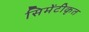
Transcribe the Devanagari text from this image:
सिमेंटीकृत